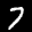
Label: 7